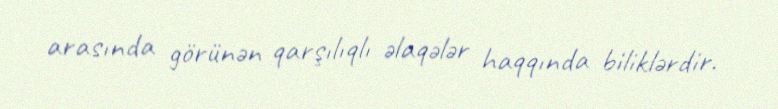
arasında görünən qarşılıqlı əlaqələr haqqında biliklərdir.